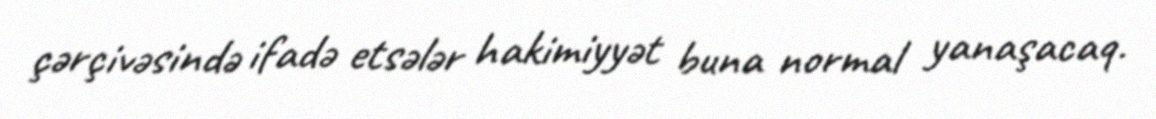
çərçivəsində ifadə etsələr hakimiyyət buna normal yanaşacaq.